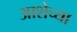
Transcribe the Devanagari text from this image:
आशेच्या